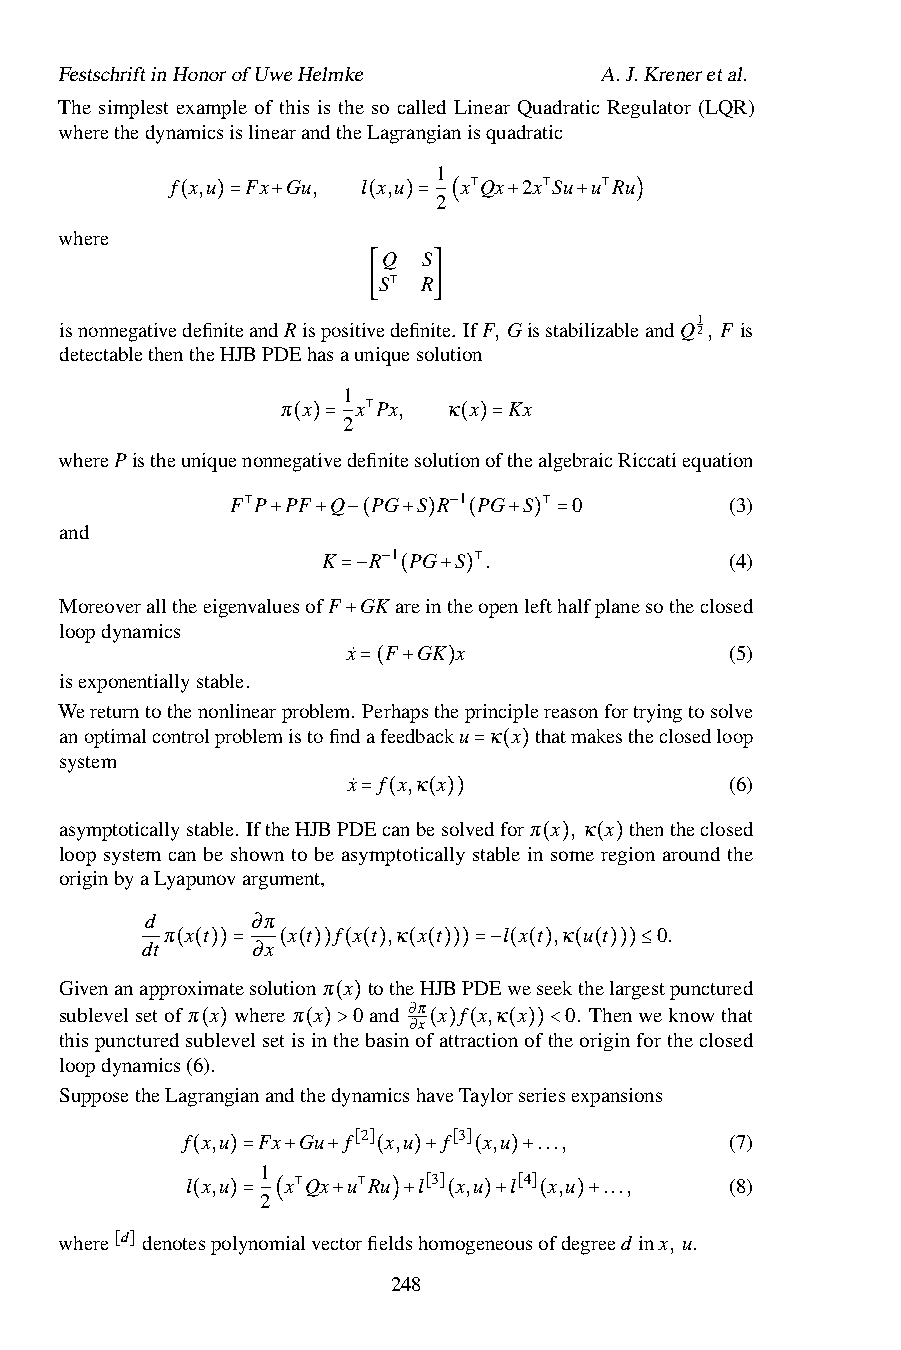
FestschriftinHonorofUweHelmke       A.J.Kreneretal.
 The simplest example of this is the so called Linear Quadratic Regulator (LQR)
 wherethedynamicsislinearandtheLagrangianisquadratic
 1
 f x,u Fx Gu, l x,u x Qx 2x Su u Ru
 2
 ⊺    ⊺   ⊺
 where   ( )=  +     (  )= (   +   +   )
 Q  S
 S  R
 [ ⊺  ]                1
 isnonnegativedefiniteandRispositivedefinite. IfF, GisstabilizableandQ2, F is
 detectablethentheHJBPDEhasauniquesolution
 1
 π x  x Px, κ x Kx
 2
 ⊺
 wherePistheuniquenonneg(at)iv=edefinitesolutio(n)o=fthealgebraicRiccatiequation
 F P PF Q  PG S R 1 PG S 0        (3)
 and         ⊺             −     ⊺
 +  +
 K
 −(
 R
 1+ PG) S(
 .
 + ) =
 (4)
 −     ⊺
 MoreoveralltheeigenvaluesofF=−GK a(rein+the)openlefthalfplanesotheclosed
 loopdynamics
 +x˙ F GK x               (5)
 isexponentiallystable.
 =( +  )
 Wereturntothenonlinearproblem. Perhapstheprinciplereasonfortryingtosolve
 anoptimalcontrolproblemistofindafeedbacku κ x thatmakestheclosedloop
 system
 x˙ f x,κ x = ( )         (6)
 asymptoticallystable. IftheHJBPD=Ec(anbe(s)o)lvedforπ x , κ x thentheclosed
 loop system can be shown to be asymptotically stable in some region around the
 originbyaLyapunovargument,      ( ) ( )
 d      ∂π
 π x t   x t f x t ,κ x t l x t ,κ u t 0.
 dt      ∂x
 Givenanappr(ox(im))at=esolu(tio(n) π) (x (to)the(H(J)B))PD=E−w(e(s)eek(th(el)a)r)g≤estpunctured
 sublevelsetofπ x whereπ x 0and ∂π x f x,κ x 0. Thenweknowthat
 ∂x
 thispuncturedsublevelsetisint(he)basinofattractionoftheoriginfortheclosed
 loopdynamics(6().) ( )> ( ) ( ( ))<
 SupposetheLagrangianandthedynamicshaveTaylorseriesexpansions
 f x,u Fx Gu f 2 x,u f 3 x,u ...,    (7)
 1     [ ]    [ ]
 l(x,u)= +x Qx+ u R(u )l+3 x,u( l)+4 x,u ..., (8)
 2
 ⊺    ⊺   [ ]   [ ]
 where d denote( spo) ly= nom( ialvec+ torfiel) d+ shom( oge) ne+ ouso( fde) g+ reed inx, u.
 [ ]
 248